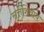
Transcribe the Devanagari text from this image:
सत्तेशिवाय